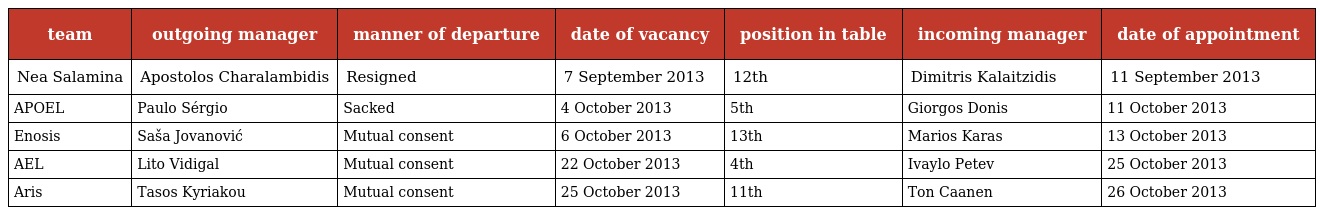
| team | outgoing manager | manner of departure | date of vacancy | position in table | incoming manager | date of appointment |
 | --- | --- | --- | --- | --- | --- | --- |
 | Nea Salamina | Apostolos Charalambidis | Resigned | 7 September 2013 | 12th | Dimitris Kalaitzidis | 11 September 2013 |
 | APOEL | Paulo Sérgio | Sacked | 4 October 2013 | 5th | Giorgos Donis | 11 October 2013 |
 | Enosis | Saša Jovanović | Mutual consent | 6 October 2013 | 13th | Marios Karas | 13 October 2013 |
 | AEL | Lito Vidigal | Mutual consent | 22 October 2013 | 4th | Ivaylo Petev | 25 October 2013 |
 | Aris | Tasos Kyriakou | Mutual consent | 25 October 2013 | 11th | Ton Caanen | 26 October 2013 |